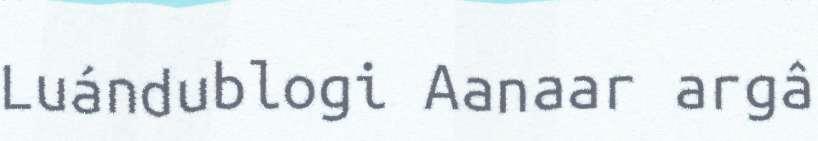
Luándublogi Aanaar argâ